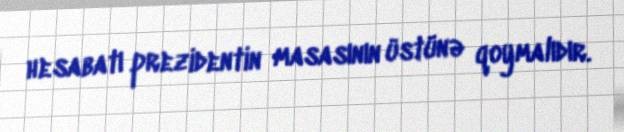
hesabatı prezidentin masasının üstünə qoymalıdır.